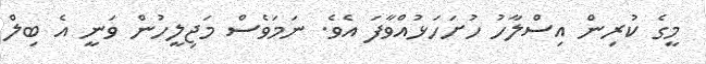
މީގެ ކުރިން އިސްލާހު ހުށަހަޅުއްވާފަ އެވެ. ނަމަވެސް މަޖިލީހުން ވަނީ އެ ބިލް